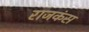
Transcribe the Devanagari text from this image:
राजकंस